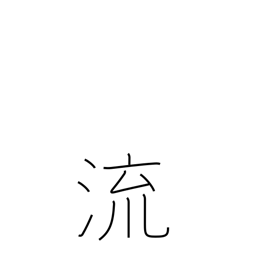
Meaning: a sink